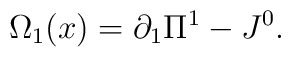
\Omega _1 (x) = \partial _1 \Pi ^1  - J^0 .